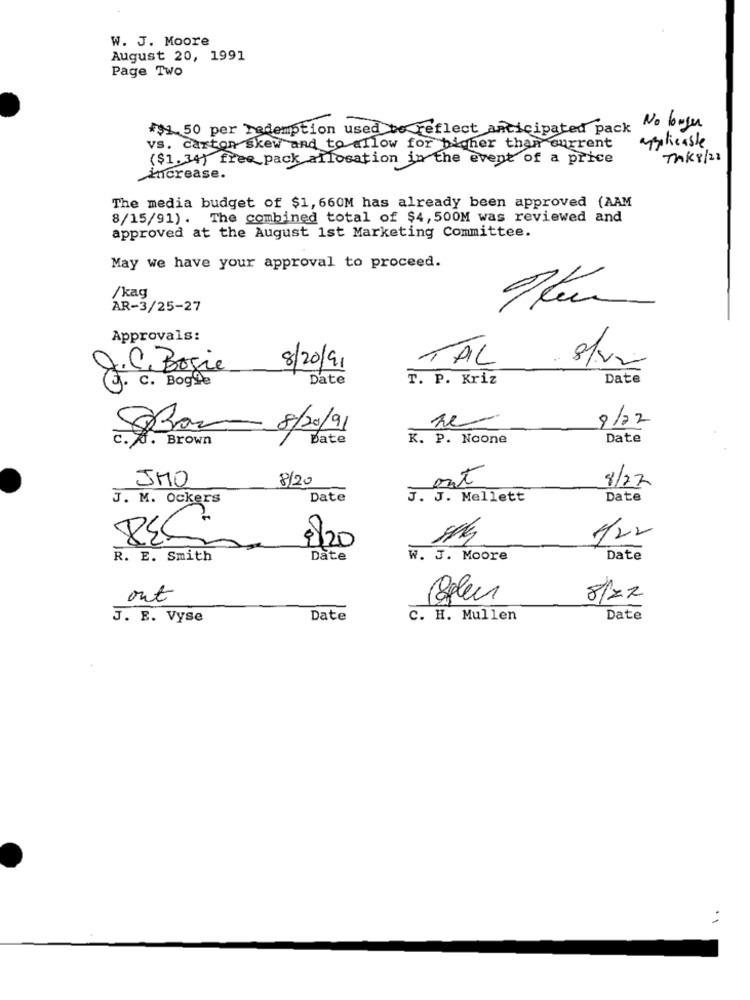
W. J. Moore
August 20, 1991
Page Two
#$1.50 per redemption used be reflect anticipated pack
No longer
applicable
vs. carton skew and to allow for higher than current
($1.34) free pack allocation in the event of a price
TAKY/2:
increase.
The media budget of $1, 660M has already been approved (AAM
8/15/91). The combined total of $4, 500M was reviewed and
approved at the August 1st Marketing Committee.
May we have your approval to proceed.
/kag
AR-3/25-27
Approvals:
TAL
il Bogie
8/20/91
C. Bogle
Date
T. P. Kriz
Date
9/22
8Bar
8/20/91
c. A. Brown
Bate
K. P. Noone
Date
JHO
8/20
out
8/22
J. M. Ockers
Date
J. J. Mellett
Date
8/20
1/22
R. E. Smith
Date
W. J. Moore
Date
out
8/22
J. E. Vyse
Date
C. H. Mullen
Date